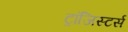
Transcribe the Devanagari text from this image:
ट्रांजिस्टर्स